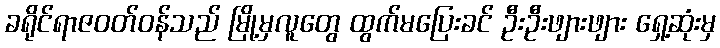
ခရိုင်ရာဇဝတ်ဝန်သည် မြို့မှလူတွေ ထွက်မပြေးခင် ဦးဦးဖျားဖျား ရှေ့ဆုံးမှ